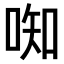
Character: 𫪦